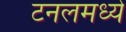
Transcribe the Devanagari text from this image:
टनलमध्ये